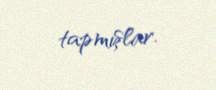
tapmışlar.